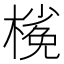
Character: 𣘽